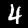
Label: 4